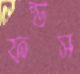
ফন্ডস